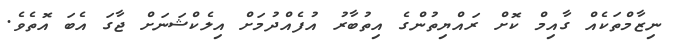
ނިޒާމްތަކެއް ގާއިމް ކޮށް ރައްޔިތުންގެ އިތުބާރު އުފެއްދުމަށް އިލެކްޝަނަށް ޖާގަ އެބަ އޮތެވެ.